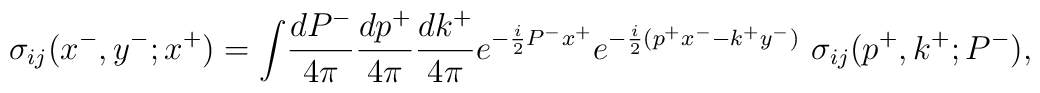
\sigma_{ij}(x^-,y^-;x^+)   =\int\!\frac{dP^-}{4\pi} \frac{dp^+}{4\pi}       \frac{dk^+}{4\pi}                 e^{-\frac{i}{2}P^- x^+}                 e^{-\frac{i}{2}(p^+x^--k^+y^-)}                 ~\sigma_{ij}(p^+,k^+;P^-),